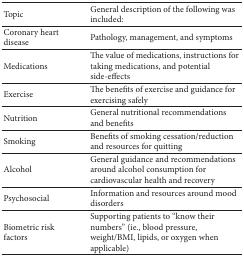
<table><thead><tr><td><b>Topic</b></td><td><b>General description of the following was included:</b></td></tr></thead><tbody><tr><td>Coronary heart disease</td><td>Pathology, management, and symptoms</td></tr><tr><td>Medications</td><td>The value of medications, instructions for taking medications, and potential side-effects</td></tr><tr><td>Exercise</td><td>The benefits of exercise and guidance for exercising safely</td></tr><tr><td>Nutrition</td><td>General nutritional recommendations and benefits</td></tr><tr><td>Smoking</td><td>Benefits of smoking cessation/reduction and resources for quitting</td></tr><tr><td>Alcohol</td><td>General guidance and recommendations around alcohol consumption for cardiovascular health and recovery</td></tr><tr><td>Psychosocial</td><td>Information and resources around mood disorders</td></tr><tr><td>Biometric risk factors</td><td>Supporting patients to “know their numbers” (ie., blood pressure, weight/BMI, lipids, or oxygen when applicable)</td></tr></tbody></table>